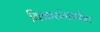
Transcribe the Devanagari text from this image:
विकरांमार्फत